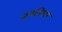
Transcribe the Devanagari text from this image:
प्रत्यङ्गिरा